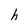
Character: h